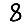
Digit: 8